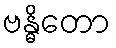
ဗန္ဓိတော